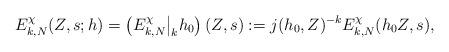
LaTeX: \begin{align*} E_{k,N}^{\chi}(Z,s;h) = \left(E_{k,N}^{\chi}\big|_{k}h_0\right)(Z,s) := j(h_0, Z)^{-k} E_{k,N}^{\chi}(h_0 Z,s),\end{align*}